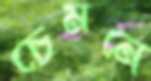
চেমনে